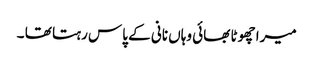
میرا چھوٹا بھائی وہاں نانی کے پاس رہتا تھا ۔